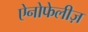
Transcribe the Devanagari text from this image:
ऐनोफेलीज़